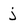
Character: j